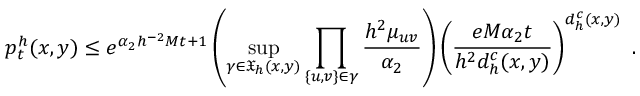
p _ { t } ^ { h } ( x , y ) \leq e ^ { \alpha _ { 2 } h ^ { - 2 } M t + 1 } \left( \operatorname* { s u p } _ { \gamma \in \mathfrak { X } _ { h } ( x , y ) } \prod _ { \{ u , v \} \in \gamma } \frac { h ^ { 2 } \mu _ { u v } } { \alpha _ { 2 } } \right) \left( \frac { e M \alpha _ { 2 } t } { h ^ { 2 } d _ { h } ^ { c } ( x , y ) } \right) ^ { d _ { h } ^ { c } ( x , y ) } \ .